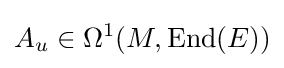
A_{u}\in \Omega ^{1}(M,\operatorname {End} (E))